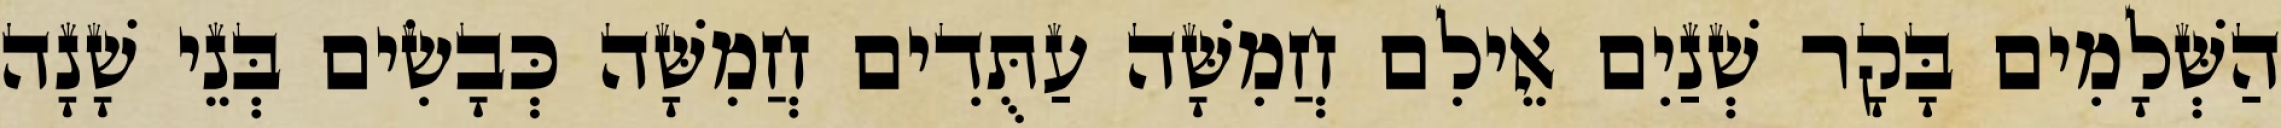
הַשְּׁלָמִים בָּקָר שְׁנַיִם אֵילִם חֲמִשָּׁה עַתֻּדִים חֲמִשָּׁה כְּבָשִׂים בְּנֵי שָׁנָה